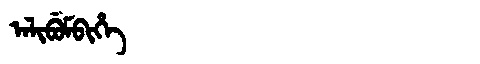
Manchu: ᠠᠯᡳᠪᡠᠮᠪᡳᡥᡝ
Romanization: ALIBUMBIHE